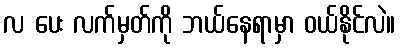
လ ပေး လက်မှတ်ကို ဘယ်နေရာမှာ ဝယ်နိုင်လဲ။